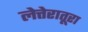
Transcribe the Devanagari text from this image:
लेत्तेरातूरा